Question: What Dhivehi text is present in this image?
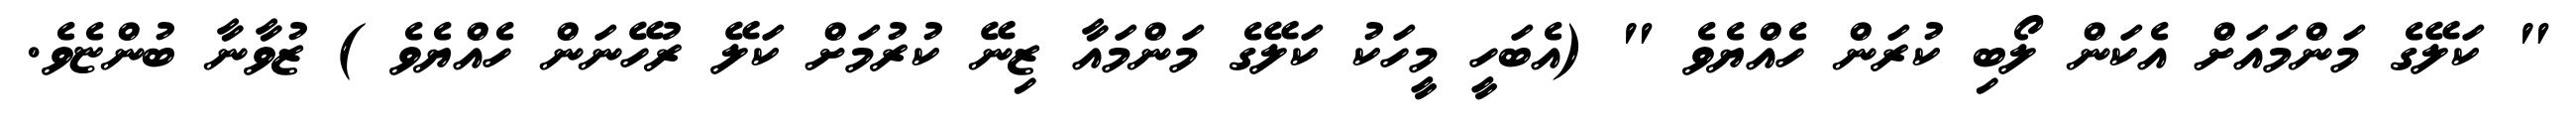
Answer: " ކަލޭގެ މަންމައަށް އެކަން ލޯބި ކުރަން ހެއްޔެވެ " (އެބަހީ މީހަކު ކަލޭގެ މަންމައާ ޒިނޭ ކުރުމަށް ކަލޭ ރުހޭނަން ހެއްޔެވެ ) ޒުވާނާ ބުންޏެވެ.